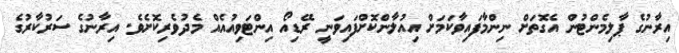
އިރާނުގެ ޕާލިމެންޓުން އެގޮތަށް ނިންމާފައިވާކަމަށް އިއުލާންކޮށްފައިވަނީ ރޭޑިއޯ އިންޓަވިއުއެއް މެދުވެރިކޮށެވެ. އިރާނުގެ ސަރުކާރުގެ